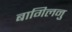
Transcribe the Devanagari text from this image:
बागिलनु